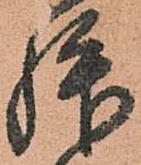
拝